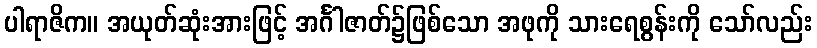
ပါရာဇိက။ အယုတ်ဆုံးအားဖြင့် အင်္ဂါဇာတ်၌ဖြစ်သော အဖုကို သားရေစွန်းကို သော်လည်း